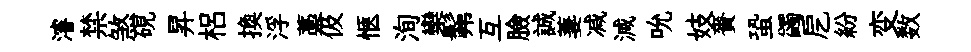
濬禁煞硯昇梠換浮藁伋愜洵欒髴互臉誠萋减減吮妓賚蛩蠲戹紛变数